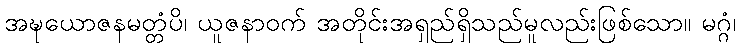
အဍ္ဎယောဇနမတ္တံပိ၊ ယူဇနာဝက် အတိုင်းအရှည်ရှိသည်မူလည်းဖြစ်သော။ မဂ္ဂံ၊